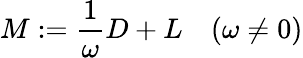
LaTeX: M:={\frac{1}{\omega}}D+L\quad(\omega\neq 0)